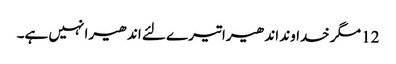
12 مگر خداوند اندھیرا تیرے لئے اندھیرا نہیں ہے۔